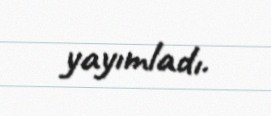
yayımladı.